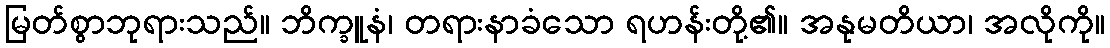
မြတ်စွာဘုရားသည်။ ဘိက္ခူနံ၊ တရားနာခံသော ရဟန်းတို့၏။ အနုမတိယာ၊ အလိုကို။